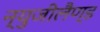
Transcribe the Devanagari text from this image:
न्युजीलैण्ड